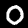
Digit: 0